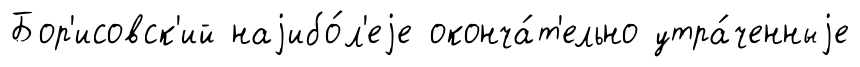
Бор'исовск'ий наjибо́л'еjе оконча́т'ельно утра́ченныjе